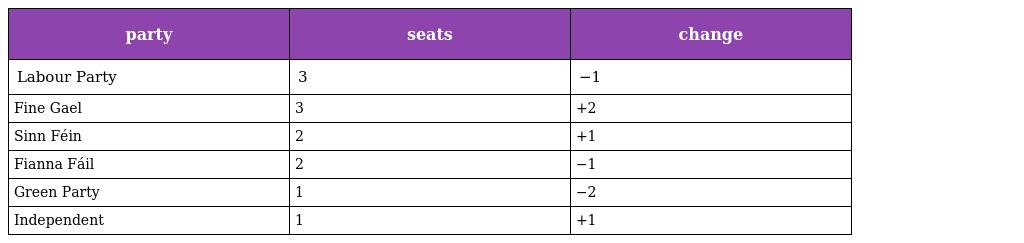
| party | seats | change |
 | --- | --- | --- |
 | Labour Party | 3 | −1 |
 | Fine Gael | 3 | +2 |
 | Sinn Féin | 2 | +1 |
 | Fianna Fáil | 2 | −1 |
 | Green Party | 1 | −2 |
 | Independent | 1 | +1 |